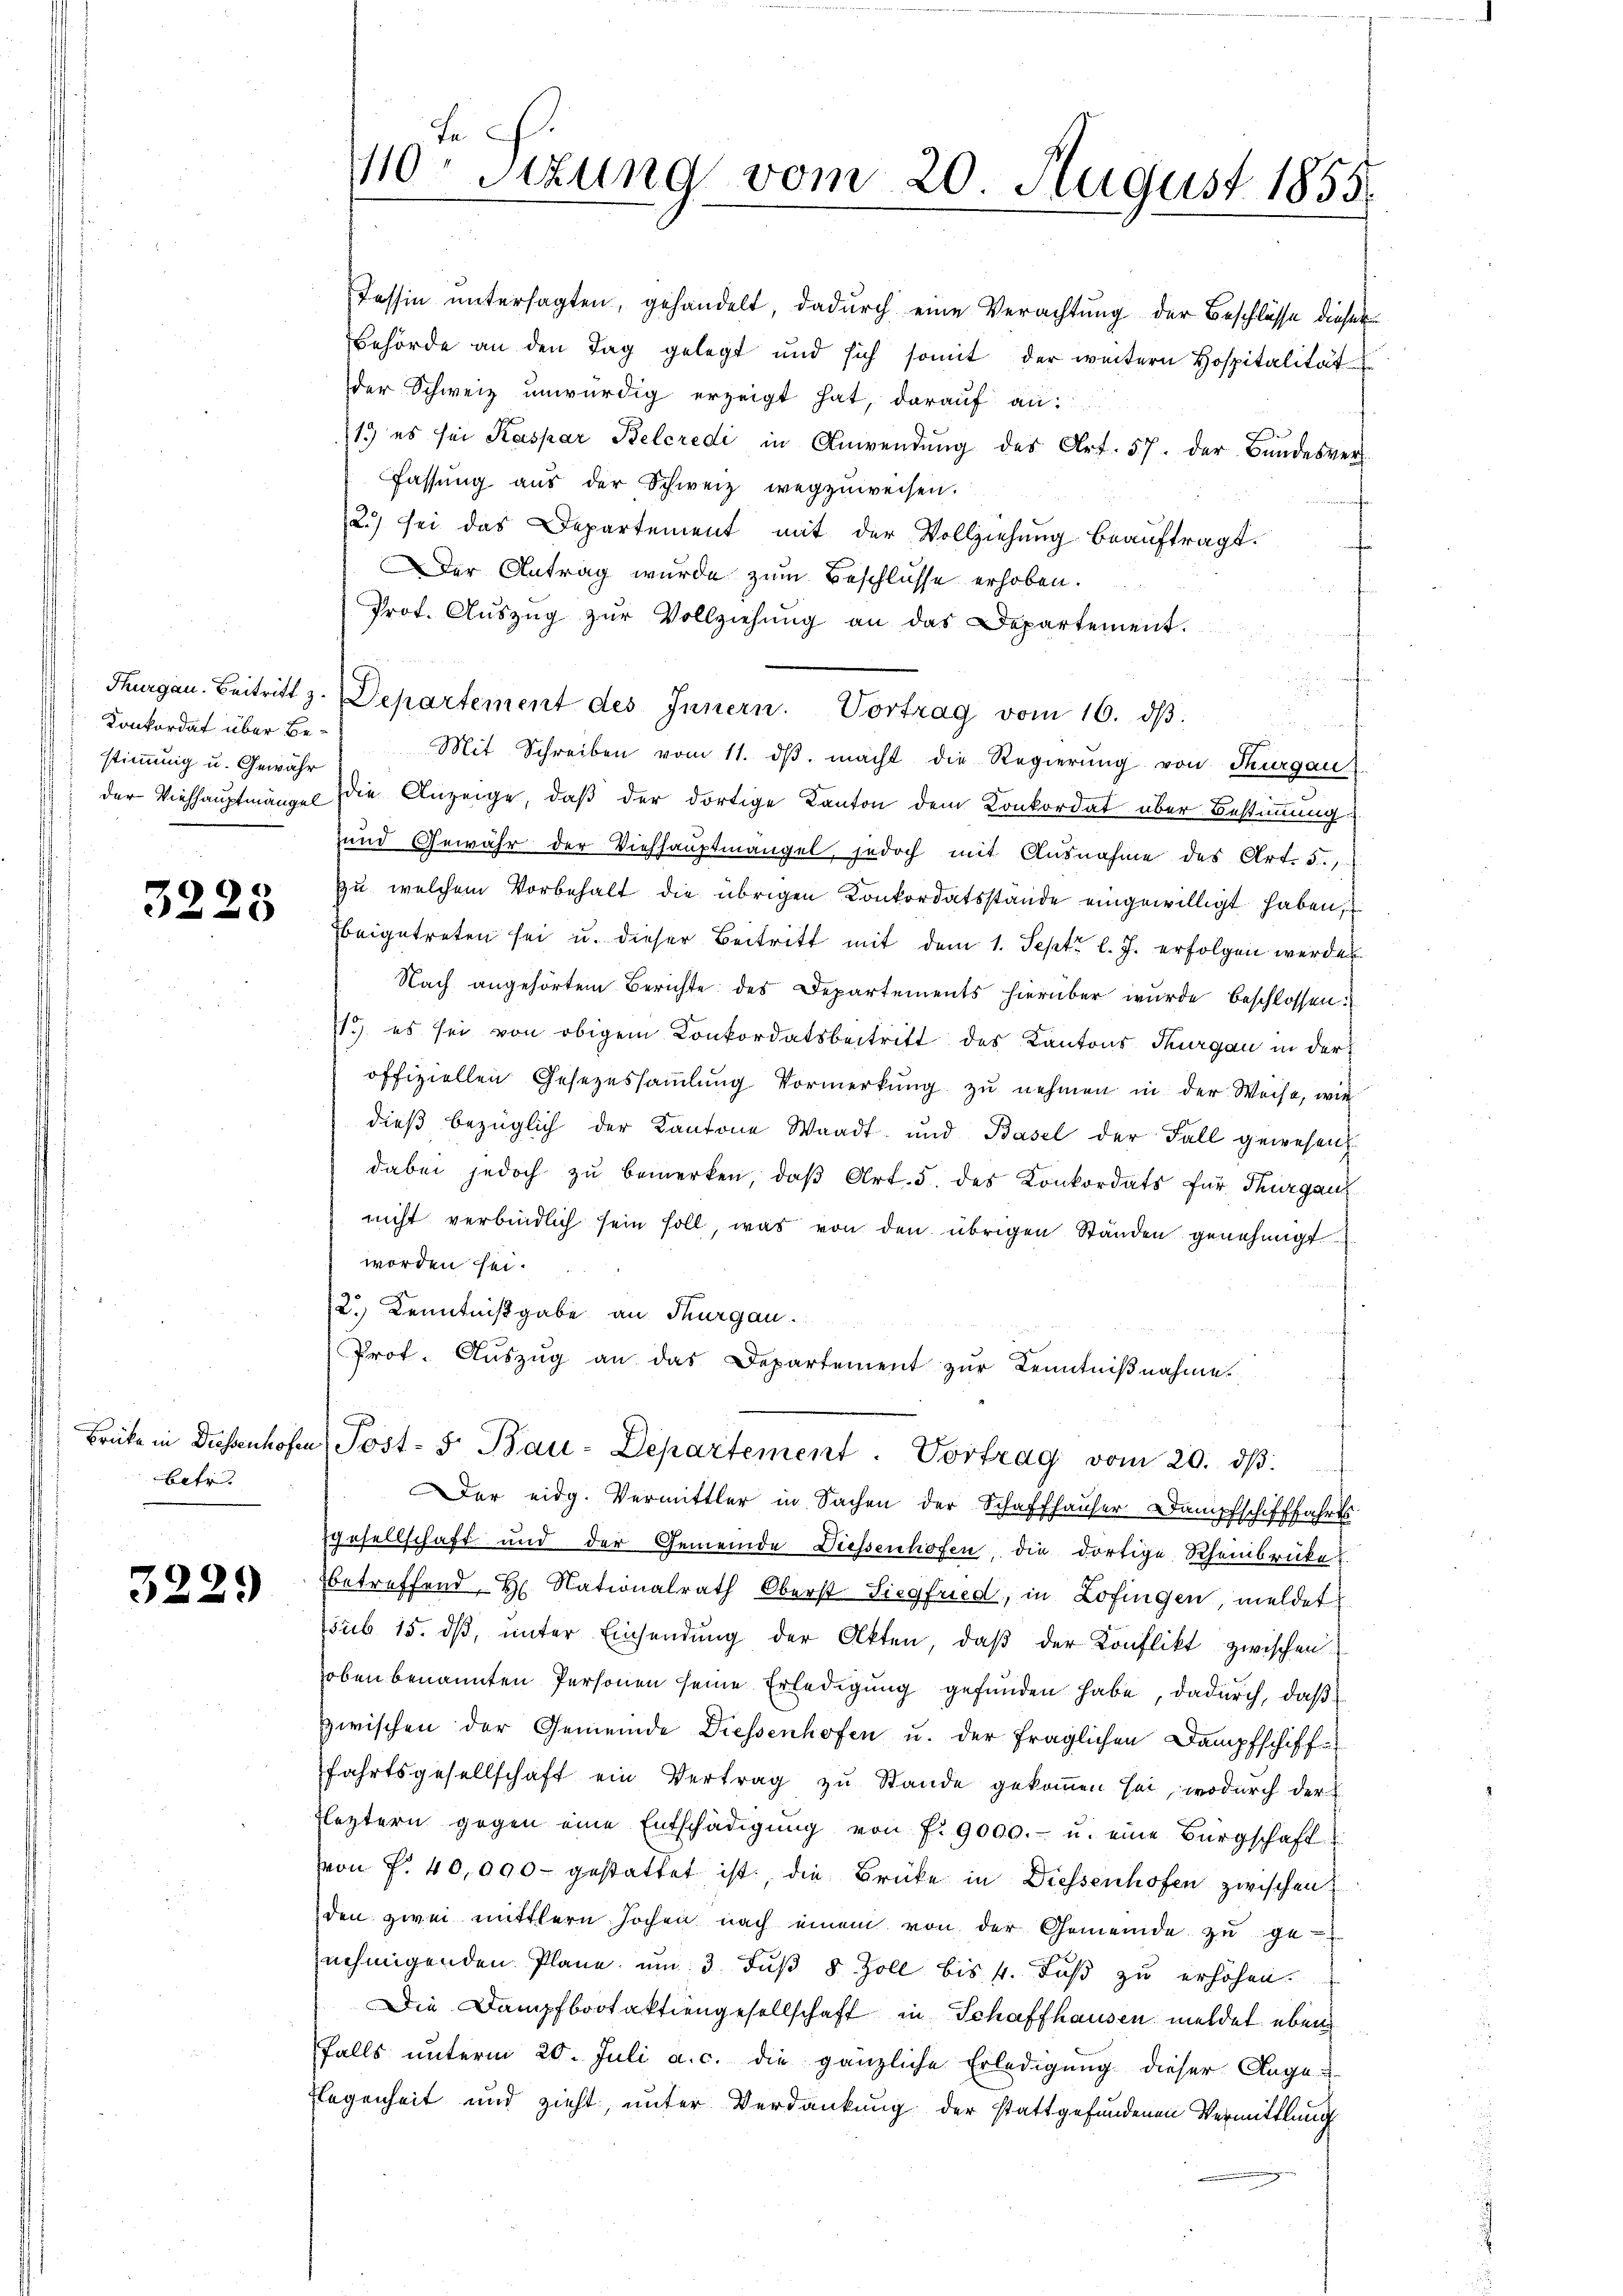
stimmung u. Gewähr

3228

Brücke in Diessenhofen
betr.

3229

Tessin untersagten, gehandelt, dadurch eine Verachtung der Beschlüsse dieser
Behörde an den Tag gelegt und sich somit der weitern Hospitalität
der Schweiz unwürdig erzeigt hat, darauf an:
13) es sei Kaspar Belcredi in Anwendŭng des Art. 57. der Bundesver-
Fassŭng aŭs der Schweiz wegzŭweisen.
2) sei das Departement mit der Vollziehung beauftragt.
Der Antrag wurde zum Beschlüsse erhoben.
Prot. Aŭszŭg zŭr Vollziehŭng an das Departement.
Thurgau. Beitritt z. Departement des Innern. Vortrag vom 16. dβ.
Konkordat über Be- " Mit Schreiben vom 11. dβ. macht die Regierŭng von Thurgau
der Viehhauptmänge die Anzeige, daß der dortige Kanton dem Konkordat über Bestimmung
und Gewähr der Viehhauptmangel, jedoch mit Ausnahme des Art. 5.
zu welchem Vorbehalt die übrigen Konkordatsstande eingewilligt haben,
beigetreten sei u. dieser Beitritt mit dem 1. Sept. l. J. erfolgen werden
Nach angehörtem Berichte des Departements hierüber wurde beschlossen:
1o es sei von obigem Konkordatsbeitritt des Kantons Thurgau in der
offiziellen Gesezessammlung Vormerkung zu nehmen in der Weise, wie
dieβ bezüglich der Kantone Waadt und Basel der Fall gewesen
dabei jedoch zu bemerken, daβ Art. 5. des Konkordats für Thurgau
nicht verbindlich sein soll, was von den übrigen Ständen genehmigt
worden sei.
2.) Kenntnißgabe an Thurgau.
Prot. Aŭszŭg an das Departement zur Kenntniβnahme.
Post- 5. Bau-Departement. Vortrag vom 20. dβ.
Der eidg. Vermittler in Sachen der Schaffhauser Dampfschifffahrts
gesellschaft und der Gemeinde Diessenhofen, die dortige Rheinbrückes.
betreffend H. Nationalrath Oberst Siegfried, in Zofingen, meldet
sub 15. dβ, ŭnter Einsendŭng der Akten, daβ der Konflikt zwischen
hoben benannten Personen seine Erledigung gefunden habe, dadurch, daß
zwischen der Gemeinde Diessenhofen u. der fraglichen Dampfschiff-
fahrtsgesellschaft ein Vertrag zu Stande gekommen sei, wodurch der
Fleztern gegen eine Entschädigŭng von f. 9000.- u. eine Bürgschaft
von f. 40,000 gestattet ist, die Brücke in Diessenhofen zwischen
den zwei mittlern hochen nach einem von der Gemeinde zŭ ge-
nehmigenden Plane um 3 Fuß 5 Zoll bis 4. Fuß zu erhöhen.
Die Dampfbootaktiengesellschaft in Schaffhausen meldet eben
falls unterm 20. Juli a. c. die gänzliche Erledigung dieser Ange¬
Flegenheit und zieht, unter Verdankung der stattgefundenen Vermittlung

J S.
10 Stzung vom 20. August 1855.